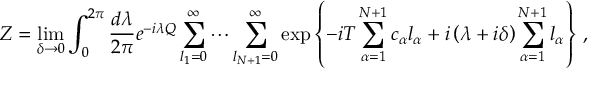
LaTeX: Z = \operatorname * { l i m } _ { \delta \to 0 } \int _ { 0 } ^ { 2 \pi } { \frac { d \lambda } { 2 \pi } } e ^ { - i \lambda Q } \sum _ { l _ { 1 } = 0 } ^ { \infty } \cdots \sum _ { l _ { N + 1 } = 0 } ^ { \infty } \exp { \left\{ { - i T \sum _ { \alpha = 1 } ^ { N + 1 } c _ { \alpha } l _ { \alpha } + i \left( \lambda + i \delta \right) \sum _ { \alpha = 1 } ^ { N + 1 } l _ { \alpha } } \right\} } \ ,